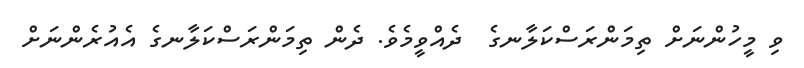
ވި މީހުންނަށް ތިމަންރަސްކަލާނގެ  ދެއްވީމެވެ. ދެން ތިމަންރަސްކަލާނގެ އެއުރެންނަށް